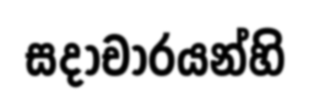
සදාචාරයන්හි